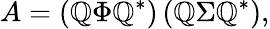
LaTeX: A=\left(\mathbb{Q}\Phi\mathbb{Q}^{*}\right)\left(\mathbb{Q}\Sigma\mathbb{Q}^{*}\right),